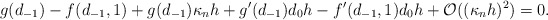
\begin{align*}g(d_{-1})-f(d_{-1},1) + g(d_{-1})\kappa_n h + g'(d_{-1})d_0 h - f'(d_{-1},1)d_0 h + \mathcal{O}((\kappa_n h)^2) = 0.\end{align*}